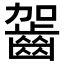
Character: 𪗬